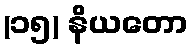
(၁၅) နိယတော